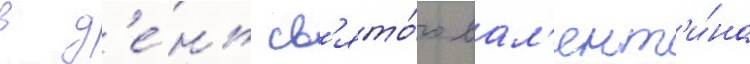
в д'е́нь св'ято́го вал'ент'и́на